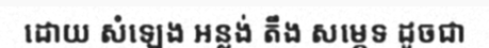
ដោយ សំឡេង អន្លង់ តឹង សម្ភេទ ដូចជា